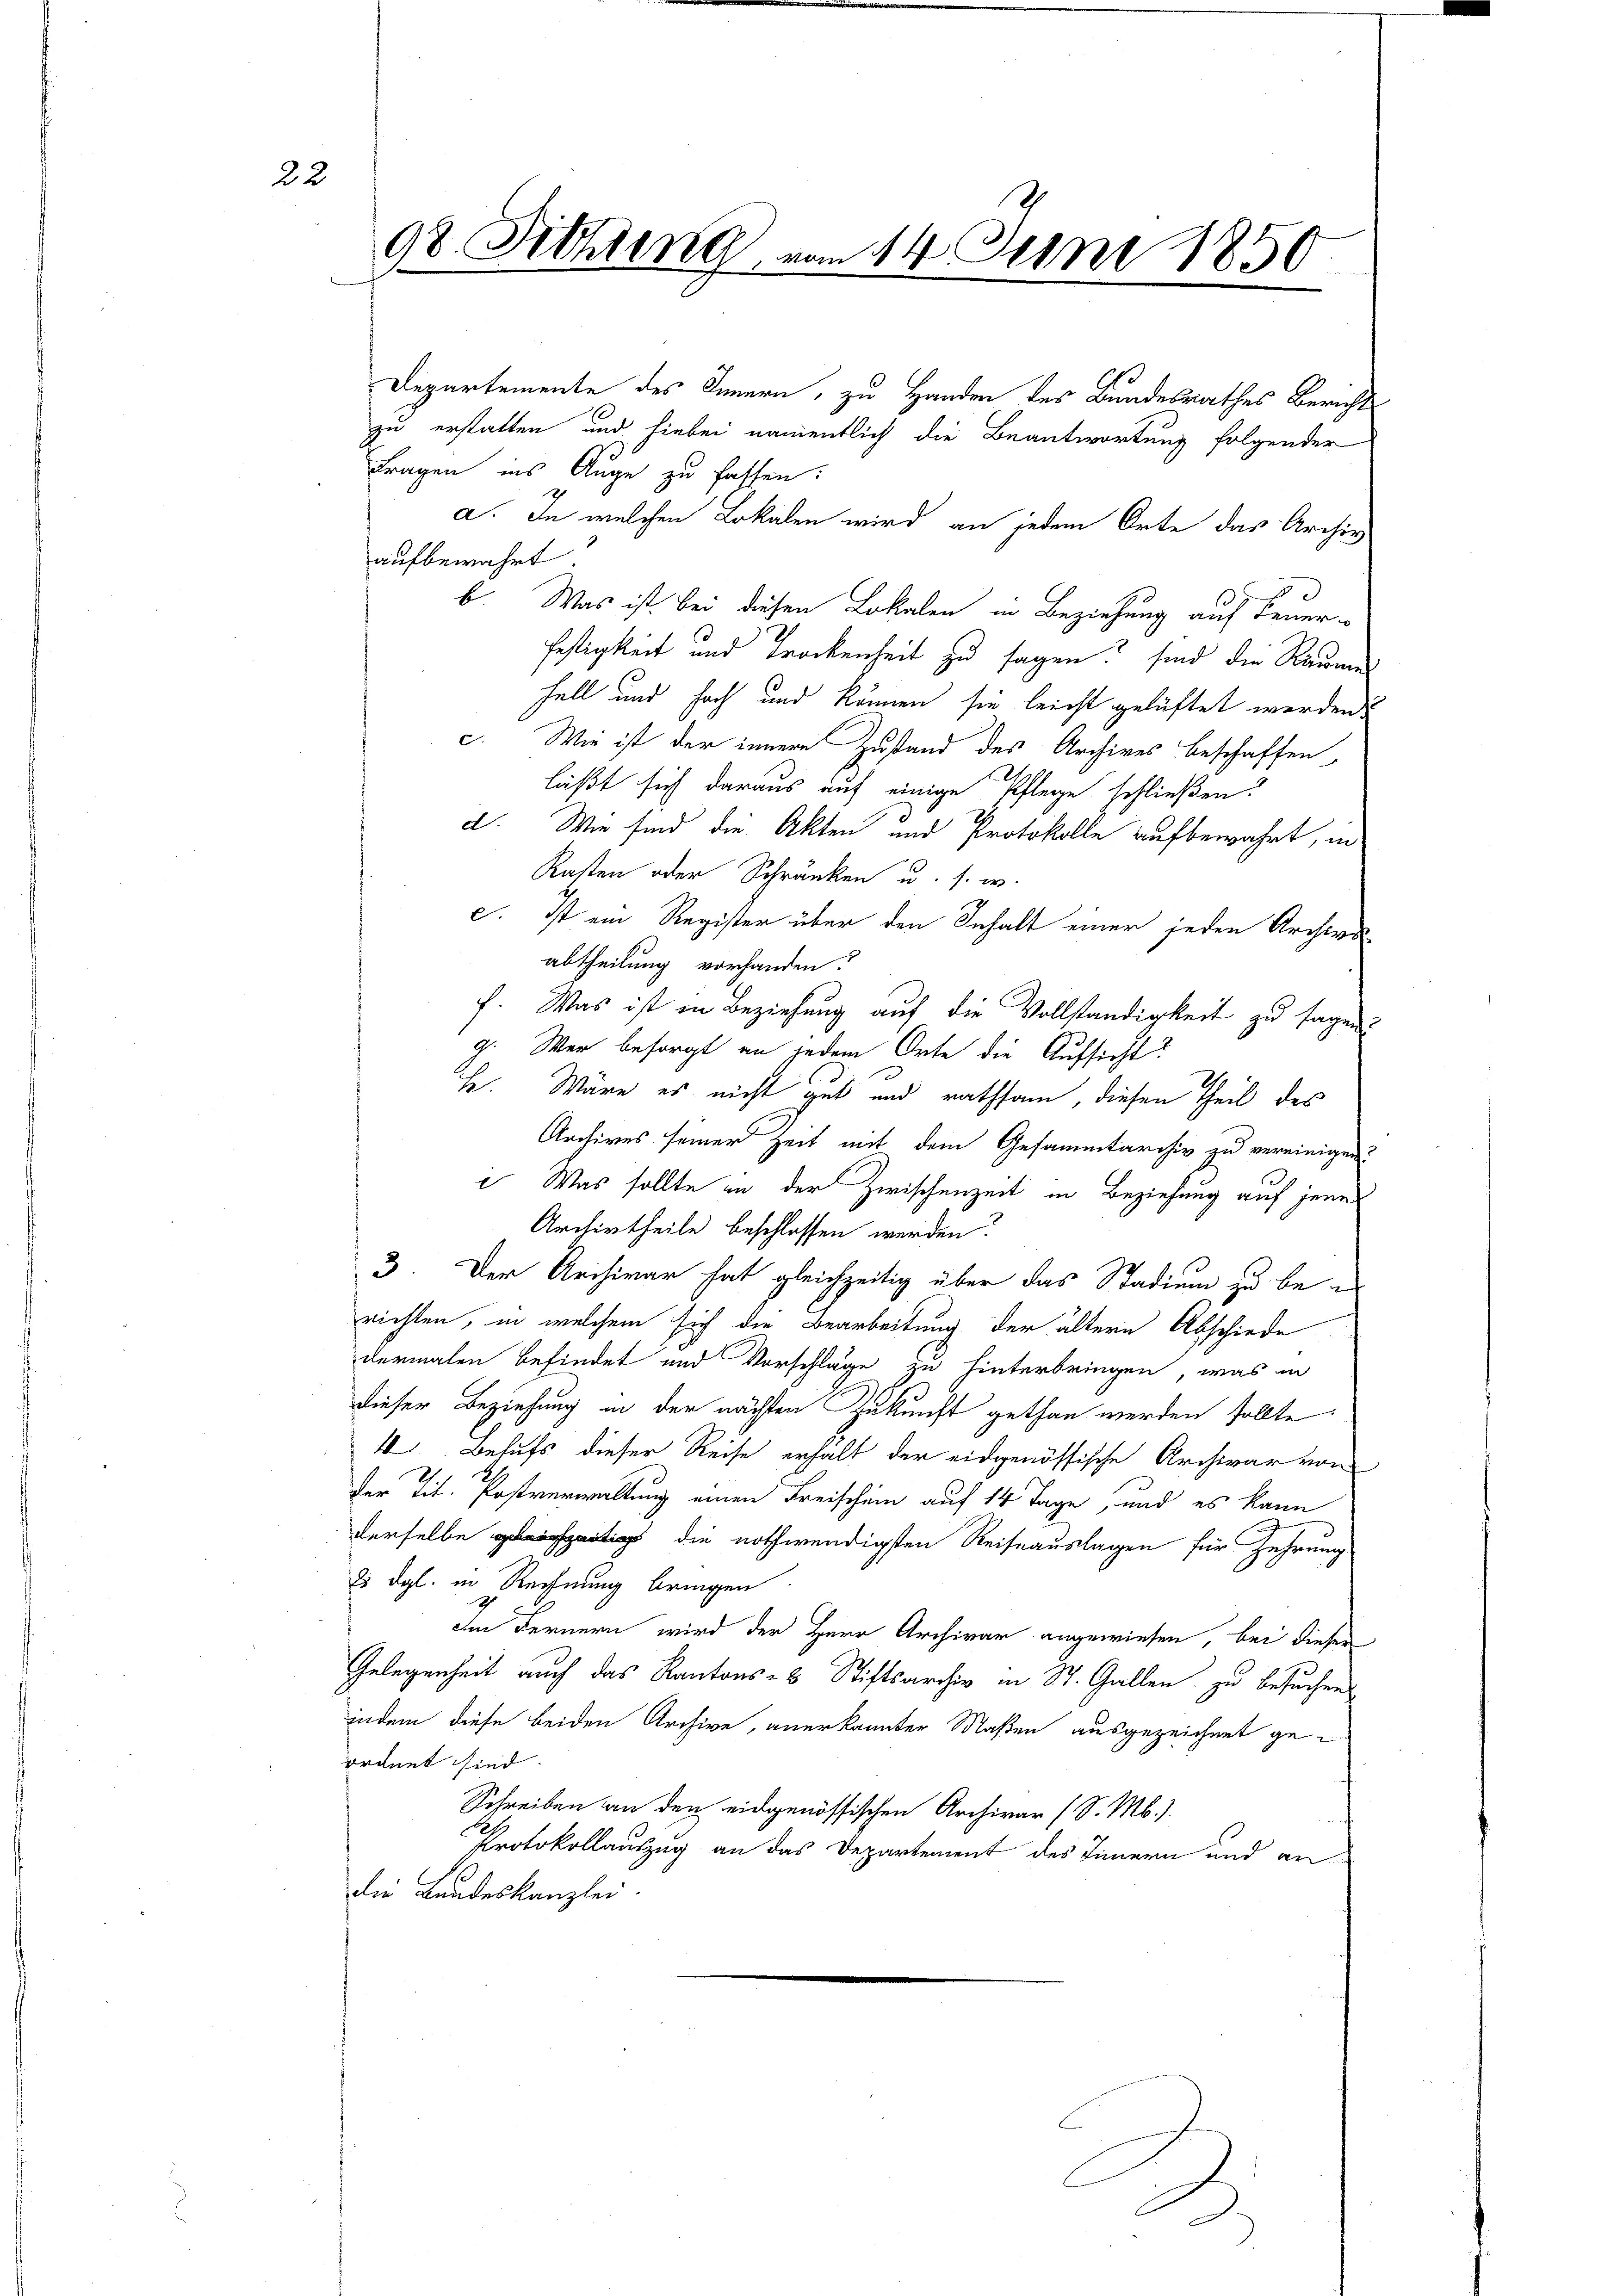
22

98. Siehung, vom 14. Juni 1850

Departemente des Innern, zu Handen des Bundesrathes Bericht
zu erstatten und hiebei namentlich die Beantwortung folgender
Fragen ins Auge zu fassen:
a. In welchen Lokalen wird an jedem Orte das Archiv
aufbewahrt
b. Was ist. Bei diesen Lokalen in Beziehung auf Feuer-
Festigkeit und Trockenheit zu sagen? sind die Räume
fell und hoch und können sie leicht gelastet werden
c. Wie ist der innere Zustand des Archives beschaffen,
läßt sich daraus auf einige Pflege schließen.
d. Wie sind die Akten und Protokolle aufbewahrt, in
Kasten oder Schränken u. s. w.
c. Ist ein Register über den Inhalt einer jeden Archivs
abtheilung vorhanden.
f. Was ist in Beziehung auf die Vollständigkeit zu sagen:
g. War besorgt an jedem Orte die Aufsicht?
H. Wäre es nicht gut und rathsam, diesen Theil des
Archives seiner Zeit mit dem Gesammtarchiv zu vereinigen.
 Was sollte in der Zwischenzeit in Beziehung auf jene
Archirtheile beschlossen werden.
3. Der Archivar hat gleichzeitig über das Stadium zu berichten, in welchem sich die Bearbeitung der ältern Abschiede
dermalen befindet und Vorschläge zu hinterbringen, was in
dieser Beziehung in der nächsten Zukunft gethan werden sollte.
4 Behufs dieser Reise erhalt der eidgenössische Archivar von
der Tit. Postverwaltung einen Freischein auf 14 Tage, und es kann
derselbe die nothwendigsten Reiseauslagen für Zehrung
8 dgl. in Rechnung bringen
Im Fernern wird der Herr Archivar angewiesen, bei dieser
Gelegenheit auch das Kantons- & Stiftsarchiv in St. Gallen zu besuchen
indem diese beiden Archive, anerkannter Maßen ausgezeichnet geordnet sind.
Schreiben an den eidgenössischen Archivar (S. Mb.).
Protokollauszug an das Departement des Timern und andie Landeskanzlei.

A